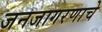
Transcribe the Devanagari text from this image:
जनजागरणाचे